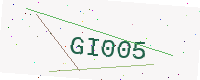
Text: GI005